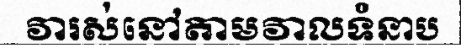
វារស់នៅតាមវាលទំនាប